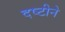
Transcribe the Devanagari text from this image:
दष्‍टीने